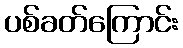
ပစ်ခတ်ကြောင်း